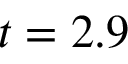
t = 2 . 9